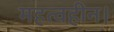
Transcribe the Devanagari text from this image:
महत्वहीन।